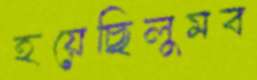
হয়েছিলুমব